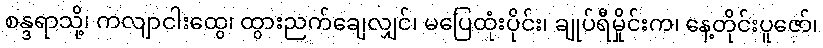
စန္ဒရာသို့၊ ကလျာငါးထွေ၊ ထွားညက်ချေလျှင်၊ မပြေထုံးပိုင်း၊ ချုပ်ရီမှိုင်းက၊ နေ့တိုင်းပူဇော်၊